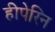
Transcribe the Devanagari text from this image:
हीपेरिन